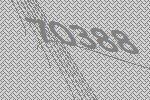
70388